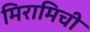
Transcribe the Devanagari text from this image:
मिरामिची